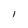
Character: I